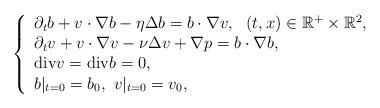
LaTeX: \begin{align*} \left\{ \begin{array}{l} \partial_t b+v\cdot\nabla b-\eta\Delta b=b\cdot\nabla v,\ \ (t,x)\in\mathbb{R}^+\times\mathbb{R}^2,\\ \partial_t v+v\cdot\nabla v-\nu \Delta v+\nabla p=b\cdot\nabla b,\\ \mathrm{div}v=\mathrm{div}b=0,\\ b|_{t=0}=b_0,\ v|_{t=0}=v_0, \end{array} \right. \end{align*}